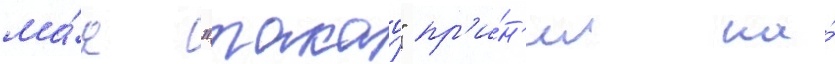
ма́я "такао" пр'и́н'ял на́